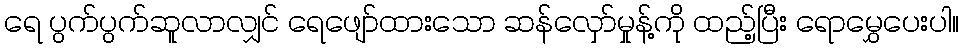
ရေ ပွက်ပွက်ဆူလာလျှင် ရေဖျော်ထားသော ဆန်လှော်မှုန့်ကို ထည့်ပြီး ရောမွှေပေးပါ။